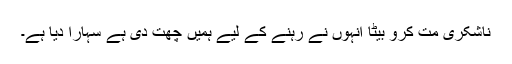
ناشکری مت کرو بیٹا انہوں نے رہنے کے لیے ہمیں چھت دی ہے سہارا دیا ہے۔